Report of the Indian Hemp Drugs Commission, 1894-1895 - Volume V
Year: 1894
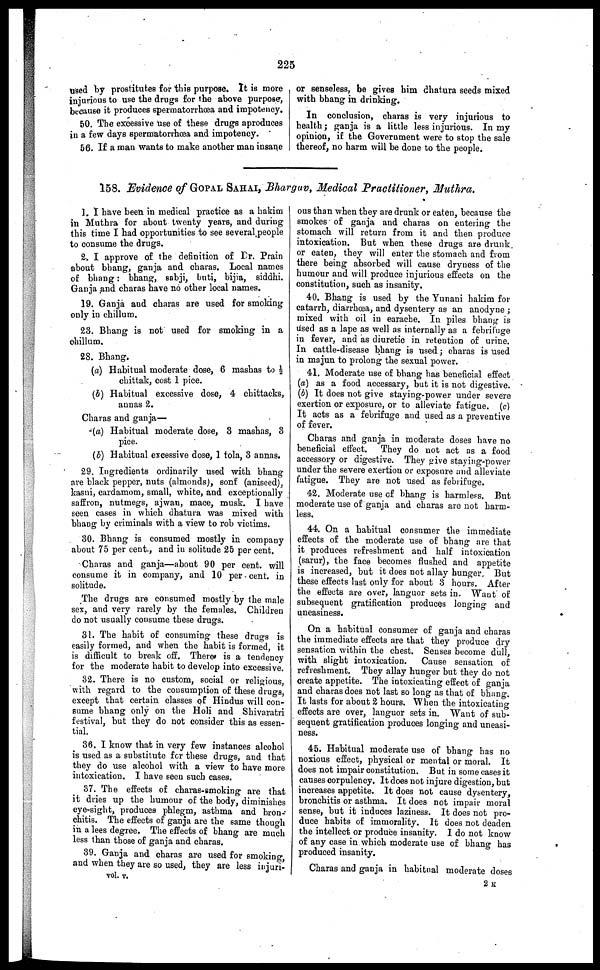
225
used by prostitutes for this purpose. It is more
injurious to use the drugs for the above purpose,
because it produces spermatorrhoea and impotency.
50. The excessive use of these drugs a produces
in a few days spermatorrhœa and impotency.
56. If a man wants to make another man insane
or senseless, be gives him dhatura seeds mixed
with bhang in drinking.
In conclusion, charas is very injurious to
health ; ganja is a little less injurious. In my
opinion, if the Government were to stop the sale
thereof, no harm will be done to the people.
158. Evidence of GOPAL SAHAI , Bharguv, Medical Practitioner, Muthra.
1. I have been in medical practice as a hakim
in Muthra for about twenty years, and during
this time I had opportunities to see several people
to consume the drugs.
2. I approve of the definition of Dr. Prain
about bhang, ganja and charas. Local names
of bhang : bhang, sabji, buti, bijia, siddhi.
Ganja and charas have no other local names.
19. Ganja and charas are used for smoking
only in chillum.
23. Bhang is not used for smoking in a
chillum.
28. Bhang.
(a) Habitual moderate dose, 6 mashas to ½
chittak, cost 1 pice.
(b) Habitual excessive dose, 4 chittacks,
annas 2.
Charas and ganja—
(a) Habitual moderate dose, 3 mashas, 3
pice.
(b) Habitual excessive dose, 1 tola, 3 annas.
29. Ingredients ordinarily used with bhang
are black pepper, nuts (almonds), sonf (aniseed),
kasni, cardamom, small, white, and exceptionally
saffron, nutmegs, ajwan, mace, musk. I have
seen cases in which dhatura was mixed with
bhang by criminals with a view to rob victims.
30. Bhang is consumed mostly in company
about 75 per cent., and in solitude 25 per cent.
Charas and ganja—about 90 per cent. will
consume it in company, and 10 per cent. in
solitude.
The drugs are consumed mostly by the male
sex, and very rarely by the females. Children
do not usually consume these drugs.
31. The habit of consuming these drugs is
easily formed, and when the habit is formed, it
is difficult to break off. There is a tendency
for the moderate habit to develop into excessive.
32. There is no custom, social or religious,
with regard to the consumption of these drugs,
except that certain classes of Hindus will con-
sume bhang only on the Holi and Shivaratri
festival, but they do not consider this as essen-
tial.
36. I know that in very few instances alcohol
is used as a substitute for these drugs, and that
they do use alcohol with a view to have more
intoxication. I have seen such cases.
37. The effects of charas-smoking are that
it dries up the humour of the body, diminishes
eye-sight, produces phlegm, asthma and bron-
chitis. The effects of ganja are the same though
in a lees degree. The effects of bhang are much
less than those of ganja and charas.
39. Ganja and charas are used for smoking,
and when they are so used, they are less injuri-
ous than when they are drunk or eaten, because the
smokes of ganja and charas on entering the
stomach will return from it and then produce
intoxication. But when these drugs are drunk
or eaten, they will enter the stomach and from
there being absorbed will cause dryness of the
humour and will produce injurious effects on the
constitution, such as insanity.
40. Bhang is used by the Yunani hakim for
catarrh, diarrhœa, and dysentery as an anodyne ;
mixed with oil in earache. In piles bhang is
used as a lape as well as internally as a febrifuge
in fever, and as diuretic in retention of urine.
In cattle-disease bhang is used ; charas is used
in majun to prolong the sexual power.
41. Moderate use of bhang has beneficial effect
(a) as a food accessary, but it is not digestive.
(b) It does not give staying-power under severe
exertion or exposure, or to alleviate fatigue. (c)
It acts as a febrifuge and used as a preventive
of fever.
Charas and ganja in moderate doses have no
beneficial effect.
They do not act as a food
accessory or digestive. They give staying-power
under the severe exertion or exposure and alleviate
fatigue. They are not used as febrifuge.
42. Moderate use of bhang is harmless. But
moderate use of ganja and charas are not harm-
less.
44. On a habitual consumer the immediate
effects of the moderate use of bhang are that
it produces refreshment and half intoxication
(sarur), the face becomes flushed and appetite
is increased, but it does not allay hunger. But
these effects last only for about 3 hours. After
the effects are over, languor sets in. Want of
subsequent gratification produces longing and
uneasiness.
On a habitual consumer of ganja and charas
the immediate effects are that they produce dry
sensation within the chest. Senses become dull,
with slight intoxication.
Cause sensation of
refreshment. They allay hunger but they do not
create appetite. The intoxicating effect of ganja
and charas does not last so long as that of bhang.
It lasts for about 2 hours. When the intoxicating
effects are over, languor sets in. Want of sub-
sequent gratification produces longing and uneasi-
ness.
45. Habitual moderate use of bhang has no
noxious effect, physical or mental or moral. It
does not impair constitution. But in some cases it
causes corpulency. It does not injure digestion, but
increases appetite. It does not cause dysentery,
bronchitis or asthma. It does not impair moral
sense, but it induces laziness. It does not pro-
duce habits of immorality. It does not deaden
the intellect or produce insanity. I do not know
of any case in which moderate use of bhang has
produced insanity.
Charas and ganja in habitual moderate doses
vol. v.
2 K